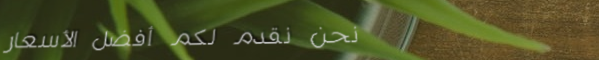
نحن نقدم لكم أفضل الأسعار